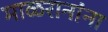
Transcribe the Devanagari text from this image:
माळरानांना